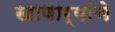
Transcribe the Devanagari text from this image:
खाणार्‍यांचे